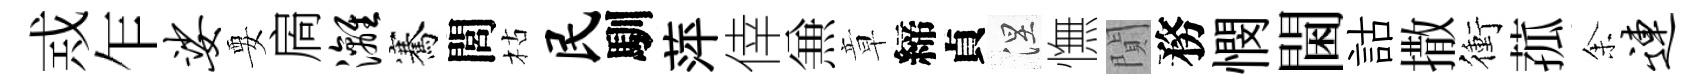
𢦶乍娑要扄漓騫閭枯民馴萍倖𠔥章締貞涅憮閴務憫閫詁撒衝菰𪜬连